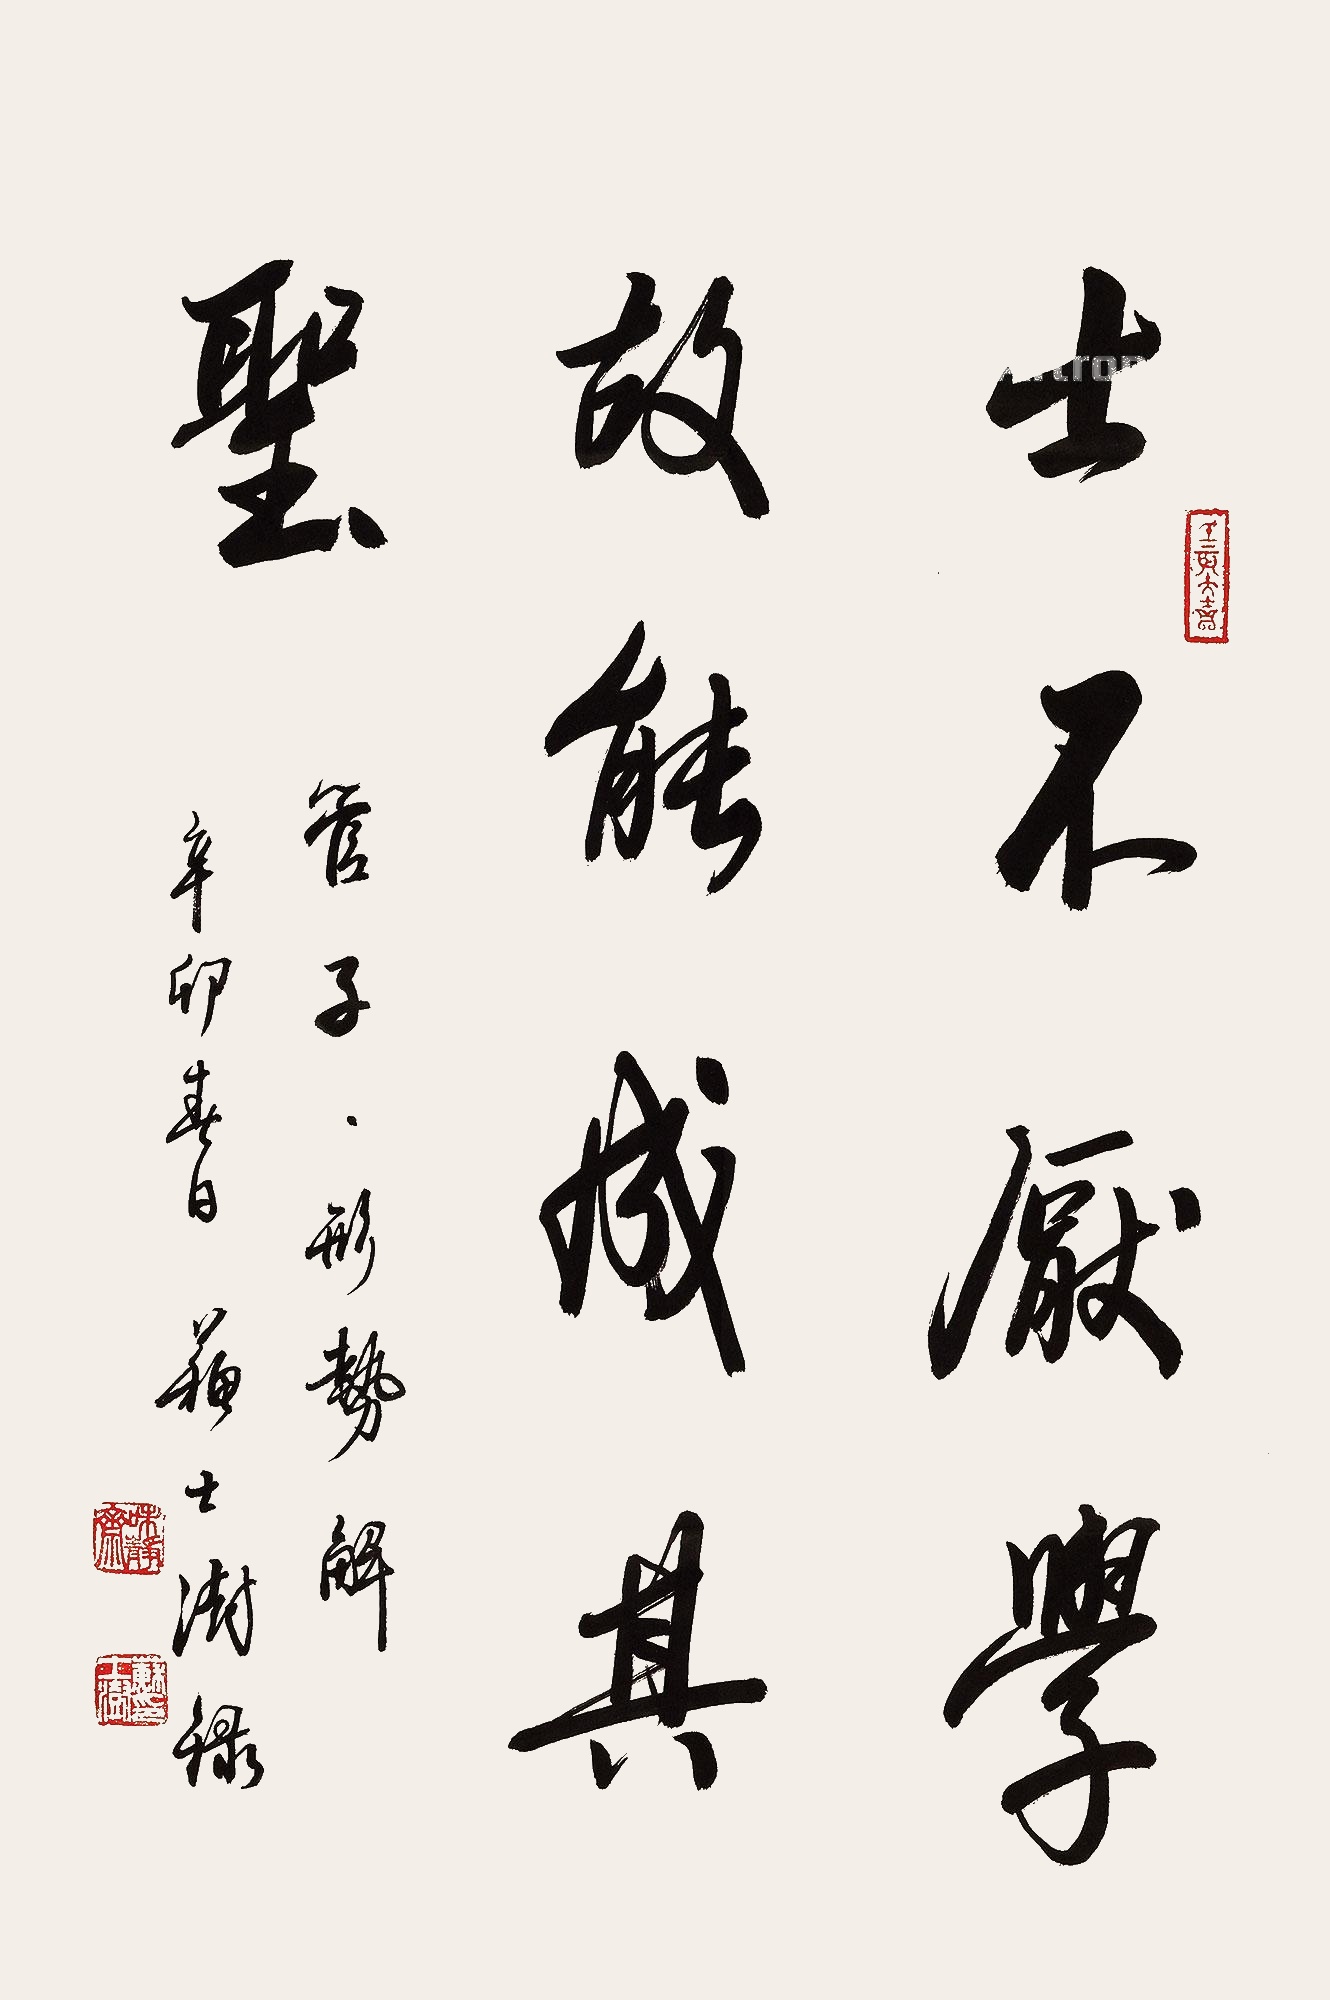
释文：士不厌学，故能成其圣。《管子·形势解》。辛卯春日，苏士澍录。